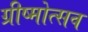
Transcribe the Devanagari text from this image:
ग्रीष्मोत्सव